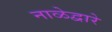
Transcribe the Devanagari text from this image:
नाळेद्वारे